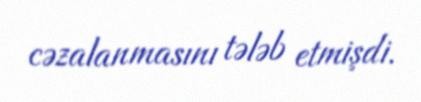
cəzalanmasını tələb etmişdi.